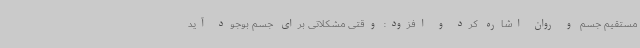
مستقیم جسم و روان اشاره کرد و افزود: وقتی مشکلاتی برای جسم بوجود آید